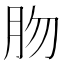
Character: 肳